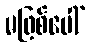
မဖြစ်ပေါ်